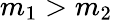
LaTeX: m_{1}>m_{2}